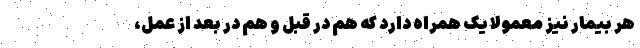
هر بیمار نیز معمولا یک همراه دارد که هم در قبل و هم در بعد از عمل،